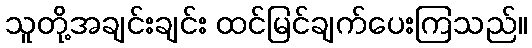
သူတို့အချင်းချင်း ထင်မြင်ချက်ပေးကြသည်။